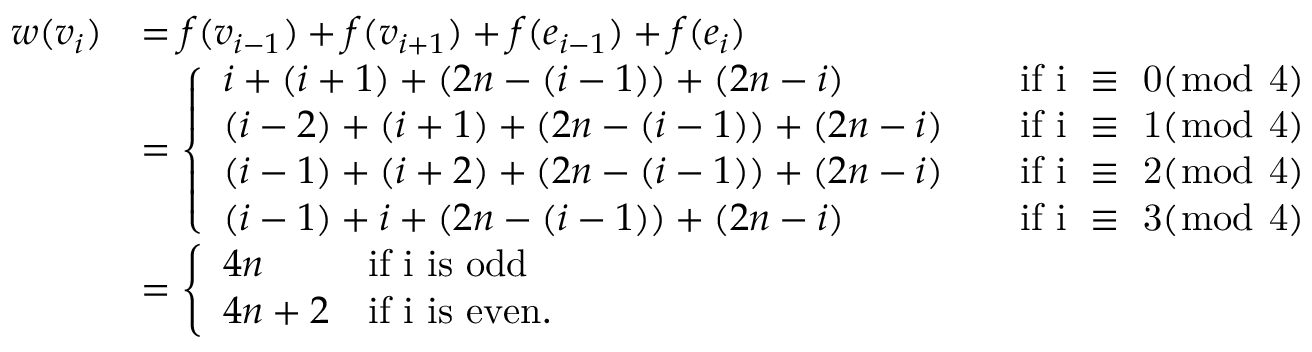
\begin{array} { r l } { w ( v _ { i } ) } & { = f ( v _ { i - 1 } ) + f ( v _ { i + 1 } ) + f ( e _ { i - 1 } ) + f ( e _ { i } ) } \\ & { = \left\{ \begin{array} { l l } { i + ( i + 1 ) + ( 2 n - ( i - 1 ) ) + ( 2 n - i ) \quad } & { \mathrm { i f ~ i ~ \equiv ~ 0 ( \bmod ~ 4 ) ~ } } \\ { ( i - 2 ) + ( i + 1 ) + ( 2 n - ( i - 1 ) ) + ( 2 n - i ) \quad } & { \mathrm { i f ~ i ~ \equiv ~ 1 ( \bmod ~ 4 ) ~ } } \\ { ( i - 1 ) + ( i + 2 ) + ( 2 n - ( i - 1 ) ) + ( 2 n - i ) \quad } & { \mathrm { i f ~ i ~ \equiv ~ 2 ( \bmod ~ 4 ) ~ } } \\ { ( i - 1 ) + i + ( 2 n - ( i - 1 ) ) + ( 2 n - i ) \quad } & { \mathrm { i f ~ i ~ \equiv ~ 3 ( \bmod ~ 4 ) ~ } } \end{array} \right. } \\ & { = \left\{ \begin{array} { l l } { 4 n } & { \mathrm { i f ~ i ~ i s ~ o d d } } \\ { 4 n + 2 } & { \mathrm { i f ~ i ~ i s ~ e v e n } . } \end{array} \right. } \end{array}